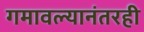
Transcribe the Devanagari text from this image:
गमावल्यानंतरही